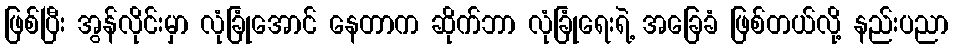
ဖြစ်ပြီး အွန်လိုင်းမှာ လုံခြုံအောင် နေတာက ဆိုက်ဘာ လုံခြုံရေးရဲ့ အခြေခံ ဖြစ်တယ်လို့ နည်းပညာ